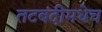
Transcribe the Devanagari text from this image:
तटबंदीमधेच